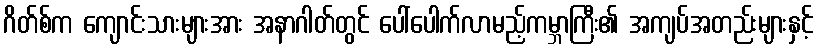
ဂိတ်စ်က ကျောင်းသားများအား အနာဂါတ်တွင် ပေါ်ပေါက်လာမည့်ကမ္ဘာကြီး၏ အကျပ်အတည်းများနှင့်